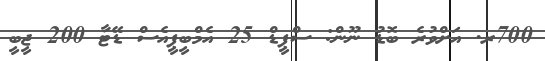
700ރ. އަށްވުރެ ބޮޑު ނޫން: ސްޕީޑް 25 އެމްބީޕީއެސް ޑޭޓާ 200 ޖީބީ